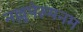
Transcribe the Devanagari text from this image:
नल्लुपेरुमनम